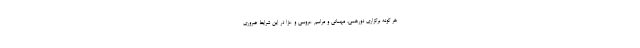
هر گونه برگزاری دورهمی، مهمانی و مراسم عروسی و عزا در این شرایط ضروری